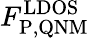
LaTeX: F_{\mathrm{P,QNM}}^{\mathrm{LDOS}}